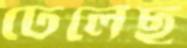
ঢেলেছ